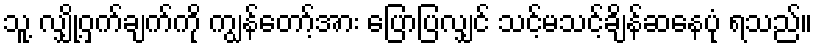
သူ့ လျှို့ဝှက်ချက်ကို ကျွန်တော့်အား ပြောပြလျှင် သင့်မသင့်ချိန်ဆနေပုံ ရသည်။